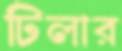
টিলার